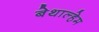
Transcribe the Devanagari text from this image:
बेथाल्हेम